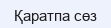
Қаратпа сөз